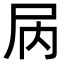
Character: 𫵓